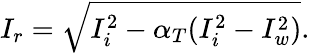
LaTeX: I_{r}=\sqrt{I_{i}^{2}-\alpha_{T}(I_{i}^{2}-I_{w}^{2})}.